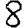
Digit: 8